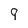
Character: 9